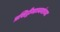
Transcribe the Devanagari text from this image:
प्रसिद्धीमाध्यमांच्या